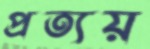
প্রত্যয়